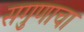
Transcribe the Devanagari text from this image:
सगुणाचा